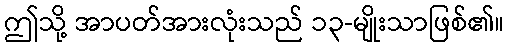
ဤသို့ အာပတ်အားလုံးသည် ၁၃-မျိုးသာဖြစ်၏။